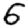
Digit: 6